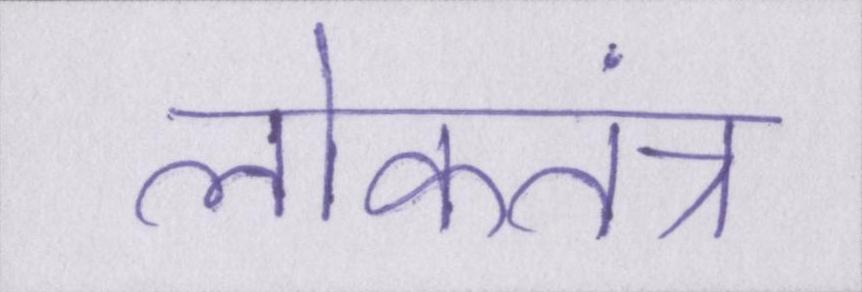
लोकतंत्र